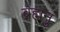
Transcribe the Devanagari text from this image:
ब्रह्मनुं